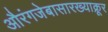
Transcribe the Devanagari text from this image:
औरंगजेबासारख्याक्रूर